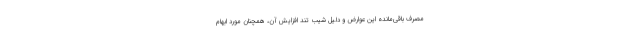
مصرف باقی‌مانده این عوارض و دلیل شیب تند افزایش آن، همچنان مورد ابهام